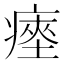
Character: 瘞